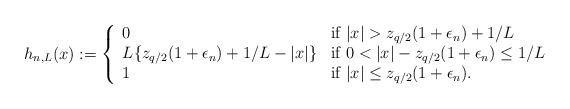
LaTeX: \begin{align*}h_{n,L}(x) := \left\{ \begin{array}{ll} 0 & \mbox{if $|x| > z_{q/2}(1 + \epsilon_n) + 1/L$} \\L\{z_{q/2}(1 + \epsilon_n) + 1/L - |x|\} & \mbox{if $0 < |x| - z_{q/2}(1 + \epsilon_n) \leq 1/L$} \\1 & \mbox{if $|x| \leq z_{q/2}(1 + \epsilon_n)$.} \end{array} \right. \end{align*}